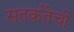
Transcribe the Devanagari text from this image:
सतर्कतेची